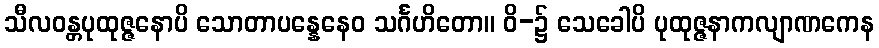
သီလဝန္တပုထုဇ္ဇနောပိ သောတာပန္နေနေဝ သင်္ဂဟိတော။ ဝိ-၌ သေခေါပိ ပုထုဇ္ဇနာကလျာဏကေန